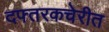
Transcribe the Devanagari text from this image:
दफ्तरकचेरीत